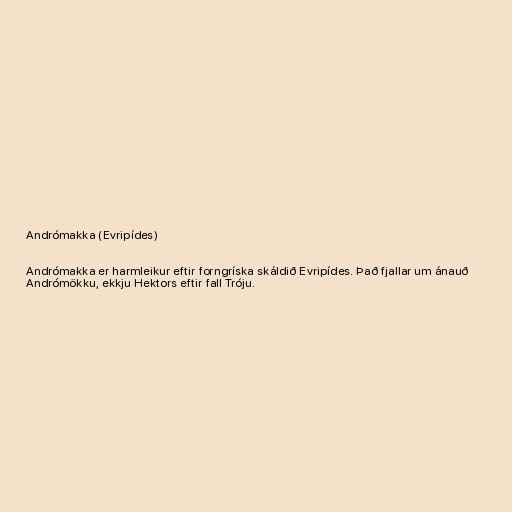
Andrómakka (Evripídes)

Andrómakka er harmleikur eftir forngríska skáldið Evripídes. Það fjallar um ánauð
Andrómökku, ekkju Hektors eftir fall Tróju.